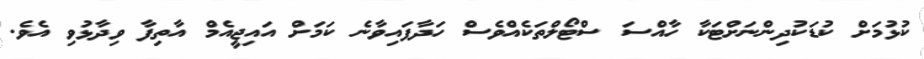
ކުޅުމަށް ކުޑަކުދިންނަށްޓަކާ ހާއްސަ ސްޓޯލްތަކެއްވެސް ހަދާފައިވާނެ ކަމަށް އައިޖީއެމް އާތިފާ ވިދާޅުވި އެވެ.